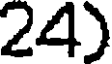
24)